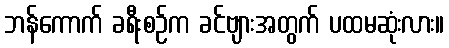
ဘန်ကောက် ခရီးစဉ်က ခင်ဗျားအတွက် ပထမဆုံးလား။